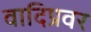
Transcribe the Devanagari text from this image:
वादिप्रवर